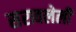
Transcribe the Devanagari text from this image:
सरावलेली